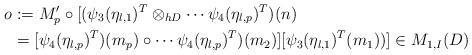
\begin{align*}o&:=M_{p}'\circ[(\psi_3(\eta_{l,1})^T\otimes_{hD}\cdots\psi_4(\eta_{l,p})^T)(n)\\&=[\psi_4(\eta_{l,p})^T)(m_p)\circ \cdots\psi_4(\eta_{l,p})^T)(m_2)][\psi_3(\eta_{l,1})^T(m_1))]\in M_{1,I}(D)\end{align*}